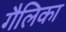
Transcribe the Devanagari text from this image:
गैलिका